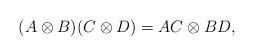
LaTeX: \begin{align*} (A\otimes B)(C\otimes D)=AC\otimes BD, \end{align*}